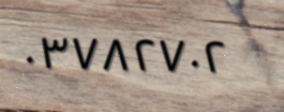
٠٣٧٨٢٧٠٢